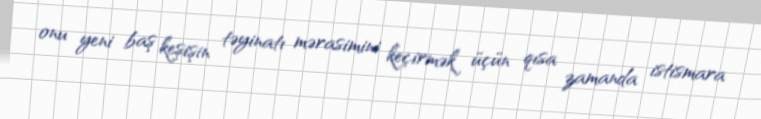
onu yeni baş keşişin təyinatı mərasimini keçirmək üçün qısa zamanda istismara